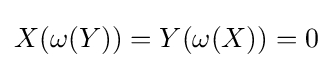
X(\omega (Y))=Y(\omega (X))=0